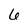
Character: 6